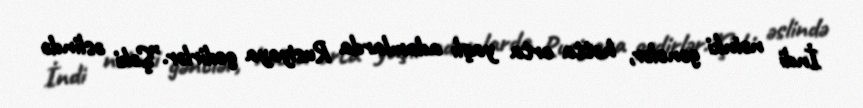
İndi nəinki gənclər, hətta orta yaşlı adamlarda Rusiyaya gedirlər.”Şəki əslində